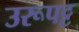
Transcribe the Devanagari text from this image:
उरूपट्ट